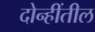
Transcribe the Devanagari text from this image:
दोन्हींतील